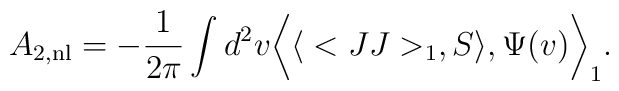
A_{2, {\rm nl}} =  -{1\over 2\pi}\int d^2 v\bigg< \big<<JJ>_1, S\big>, \Psi (v)\bigg>_1.